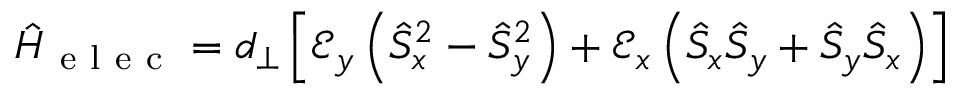
\hat { H } _ { \mathrm { ~ e ~ l ~ e ~ c ~ } } = d _ { \perp } \left[ \mathcal { E } _ { y } \left( \hat { S } _ { x } ^ { 2 } - \hat { S } _ { y } ^ { 2 } \right) + \mathcal { E } _ { x } \left( \hat { S } _ { x } \hat { S } _ { y } + \hat { S } _ { y } \hat { S } _ { x } \right) \right]